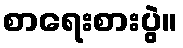
စာရေးစားပွဲ။